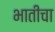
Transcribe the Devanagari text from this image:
भातीचा